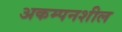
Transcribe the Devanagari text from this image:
अकम्पनशील